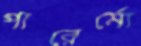
পারের্মো